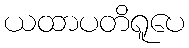
ယထာပတိရူပေ